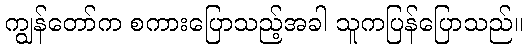
ကျွန်တော်က စကားပြောသည့်အခါ သူကပြန်ပြောသည်။